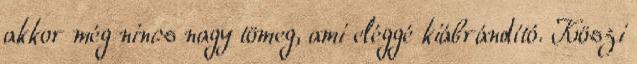
akkor még nincs nagy tömeg, ami eléggé kiábrándító. Köszi